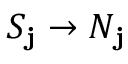
S _ { \mathbf { j } } \rightarrow N _ { \mathbf { j } }